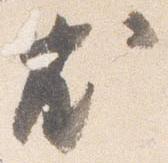
尤